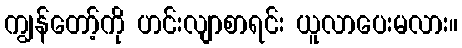
ကျွန်တော့်ကို ဟင်းလျာစာရင်း ယူလာပေးမလား။